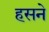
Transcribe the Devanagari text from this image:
हसने